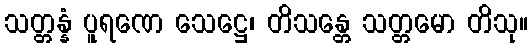
သတ္တန္နံ ပူရဏေ သေဋ္ဌေ၊ တိသန္တေ သတ္တမော တိသု။